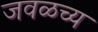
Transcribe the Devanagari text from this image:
जवळच्य